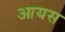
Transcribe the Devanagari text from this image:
आयस